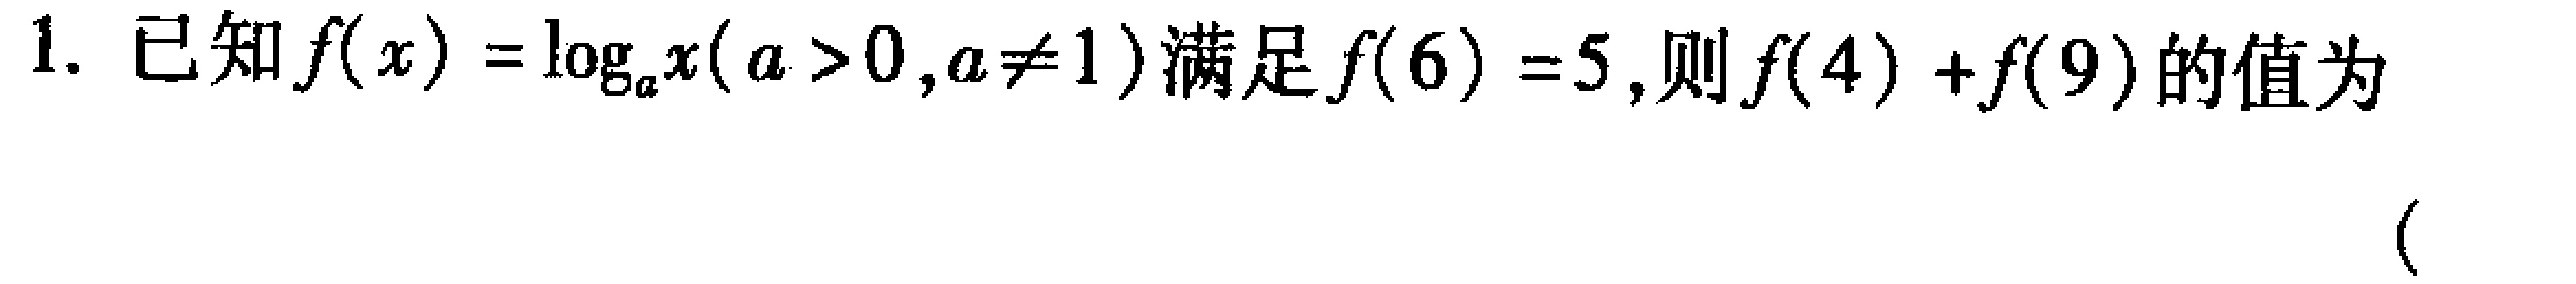
1. 已知\(f(x)=\log_{a}x(a > 0,a\neq1)\)满足\(f(6)=5\),则\(f(4)+f(9)\)的值为  （  ）